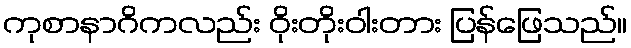
ကုစာနာဂိကလည်း ဝိုးတိုးဝါးတား ပြန်ဖြေသည်။